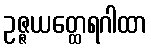
ဥဇ္ဇယတ္ထေရဂါထာ